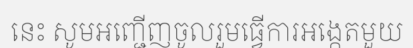
នេះ សូមអញ្ជើញចូលរួមធ្វើការអង្កេតមួយ